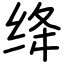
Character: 绛